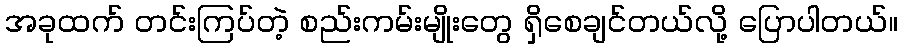
အခုထက် တင်းကြပ်တဲ့ စည်းကမ်းမျိုးတွေ ရှိစေချင်တယ်လို့ ပြောပါတယ်။